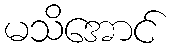
မသိအောင်